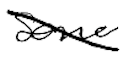
Text: some
Cross-out: diagonal
Writing tool: digital_black